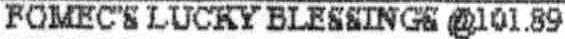
FOMEC"S LUCKY BLESSINGS @101.89